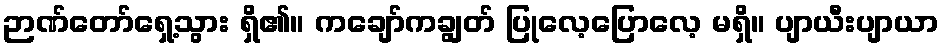
ဉာဏ်တော်ရှေ့သွား ရှိ၏။ ကချော်ကချွတ် ပြုလေ့ပြောလေ့ မရှိ။ ပျာယီးပျာယာ